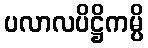
ပလာလပိဋ္ဌိကမ္ပိ